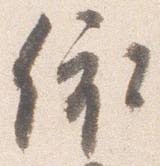
依